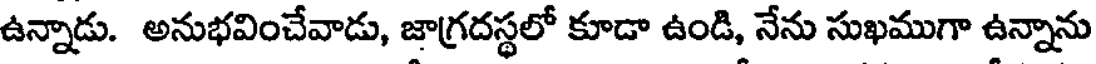
ఉన్నాడు. అనుభవించేవాడు, జాగ్రదస్థలో కూడా ఉండి, నేను సుఖముగా ఉన్నాను